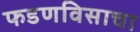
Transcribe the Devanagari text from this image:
फडणविसाचा